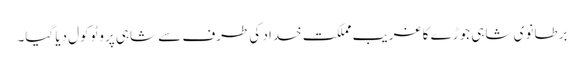
برطانوی شاہی جوڑے کا غریب مملکت خداد کی طرف سے شاہی پروٹوکول دیا گیا۔